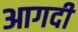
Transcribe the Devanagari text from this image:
आगदी